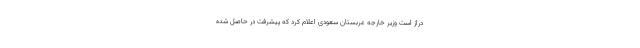
دراز است وزیر خارجه عربستان سعودی اعلام کرد که پیشرفت در حاصل شده